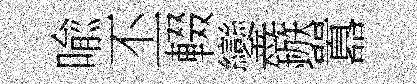
喩丕輟鑾鏃囂